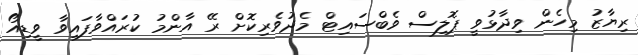
ރިޔާޒު މިހެން ވިދާޅުވީ ޕޮލިސް ވެބްސައިޓް މެދުވެރިކޮށް ރޭ އާންމު ކުރައްވާފައިވާ ވީޑިއޯ